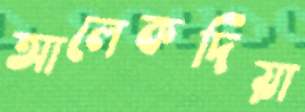
আলেকদিয়া